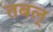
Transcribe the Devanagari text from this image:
तबल्